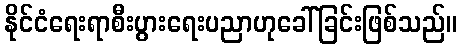
နိုင်ငံရေးရာစီးပွားရေးပညာဟုခေါ်ခြင်းဖြစ်သည်။